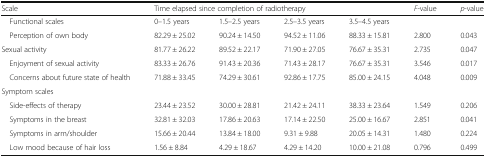
<table><thead><tr><td><b>Scale</b></td><td colspan="4"><b>Time elapsed since completion of radiotherapy</b></td><td><b><i>F</i>-value</b></td><td><b><i>p</i>-value</b></td></tr></thead><tbody><tr><td> Functional scales</td><td>0–1.5 years</td><td>1.5–2.5 years</td><td>2.5–3.5 years</td><td>3.5–4.5 years</td><td></td><td></td></tr><tr><td> Perception of own body</td><td>82.29 ± 25.02</td><td>90.24 ± 14.50</td><td>94.52 ± 11.06</td><td>88.33 ± 15.81</td><td>2.800</td><td>0.043</td></tr><tr><td>Sexual activity</td><td>81.77 ± 26.22</td><td>89.52 ± 22.17</td><td>71.90 ± 27.05</td><td>76.67 ± 35.31</td><td>2.735</td><td>0.047</td></tr><tr><td> Enjoyment of sexual activity</td><td>83.33 ± 26.76</td><td>91.43 ± 20.36</td><td>71.43 ± 28.17</td><td>76.67 ± 35.31</td><td>3.546</td><td>0.017</td></tr><tr><td> Concerns about future state of health</td><td>71.88 ± 33.45</td><td>74.29 ± 30.61</td><td>92.86 ± 17.75</td><td>85.00 ± 24.15</td><td>4.048</td><td>0.009</td></tr><tr><td colspan="7">Symptom scales</td></tr><tr><td> Side-effects of therapy</td><td>23.44 ± 23.52</td><td>30.00 ± 28.81</td><td>21.42 ± 24.11</td><td>38.33 ± 23.64</td><td>1.549</td><td>0.206</td></tr><tr><td> Symptoms in the breast</td><td>32.81 ± 32.03</td><td>17.86 ± 20.63</td><td>17.14 ± 22.50</td><td>25.00 ± 16.67</td><td>2.851</td><td>0.041</td></tr><tr><td> Symptoms in arm/shoulder</td><td>15.66 ± 20.44</td><td>13.84 ± 18.00</td><td>9.31 ± 9.88</td><td>20.05 ± 14.31</td><td>1.480</td><td>0.224</td></tr><tr><td> Low mood because of hair loss</td><td>1.56 ± 8.84</td><td>4.29 ± 18.67</td><td>4.29 ± 14.20</td><td>10.00 ± 21.08</td><td>0.796</td><td>0.499</td></tr></tbody></table>